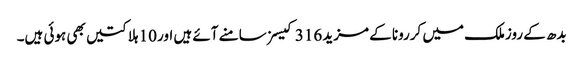
بدھ کے روزملک میں کررونا کے مزید 316 کیسز سامنے آئے ہیں اور 10 ہلاکتیں بھی ہوئی ہیں۔